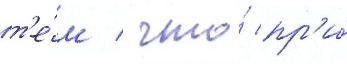
т'е́м / что́ пр'и́